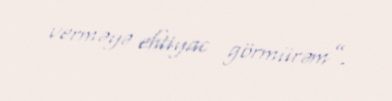
verməyə ehtiyac görmürəm”.